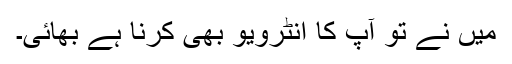
میں نے تو آپ کا انٹرویو بھی کرنا ہے بھائی۔